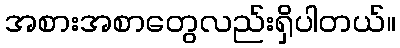
အစားအစာတွေလည်းရှိပါတယ်။